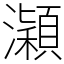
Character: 𤃡